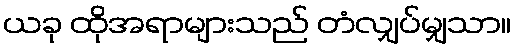
ယခု ထိုအရာများသည် တံလျှပ်မျှသာ။